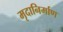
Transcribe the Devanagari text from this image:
मृदानिर्माण